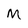
Character: M